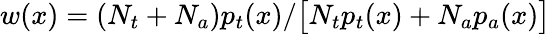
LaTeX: w(x)=(N_{t}+N_{a})p_{t}(x)/\big[N_{t}p_{t}(x)+N_{a}p_{a}(x)\big]